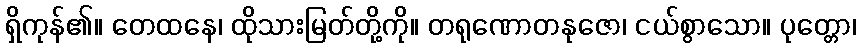
ရှိကုန်၏။ တေထနေ၊ ထိုသားမြတ်တို့ကို။ တရုဏောတနုဇော၊ ငယ်စွာသော။ ပုတ္တော၊